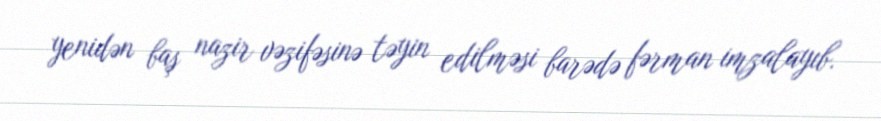
yenidən baş nazir vəzifəsinə təyin edilməsi barədə fərman imzalayıb.